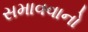
સમાવવાનો